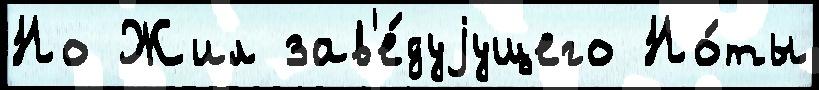
Но Жил зав'е́дуjущего Но́ты